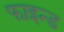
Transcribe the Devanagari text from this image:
फाइन्ड